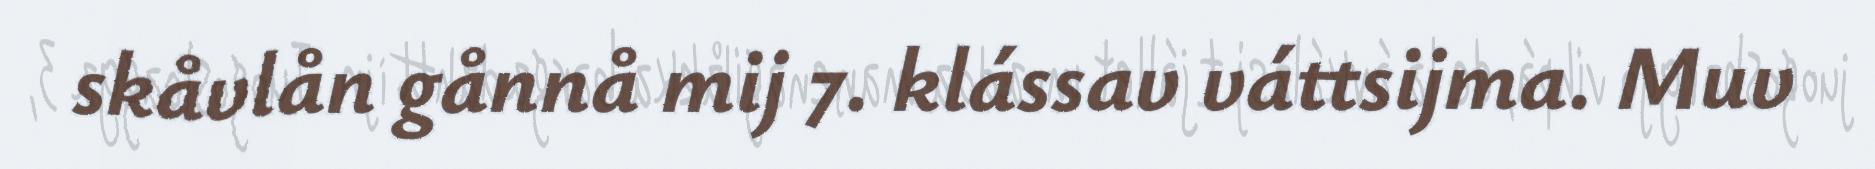
skåvlån gånnå mij 7. klássav váttsijma. Muv